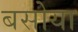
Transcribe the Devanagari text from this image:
बसोया